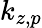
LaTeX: k_{z,p}